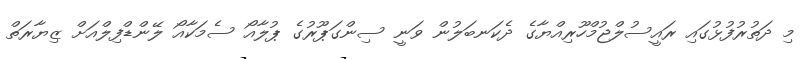
މި ދަތުރުފުޅުގައި ރައީސުލްޖުމްހޫރިއްޔާގެ ދެކަނބަލުން ވަނީ ސިންގަޕޫރުގެ ޕުލާއޯ ސެމަކާއޯ ލޭންޑްފިލްއަށް ޒިޔާރަތް